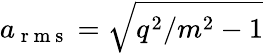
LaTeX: a_{\mathrm{~r~m~s~}}=\sqrt{q^{2}/m^{2}-1}